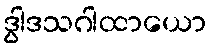
ဒွါဒသဂါထာယော